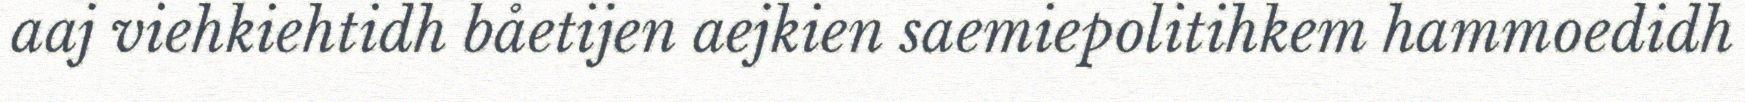
aaj viehkiehtidh båetijen aejkien saemiepolitihkem hammoedidh